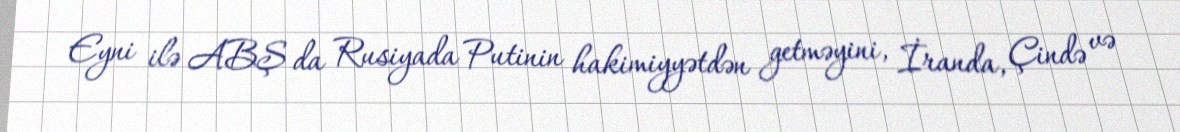
Eyni ilə ABŞ da Rusiyada Putinin hakimiyyətdən getməyini, İranda, Çində və